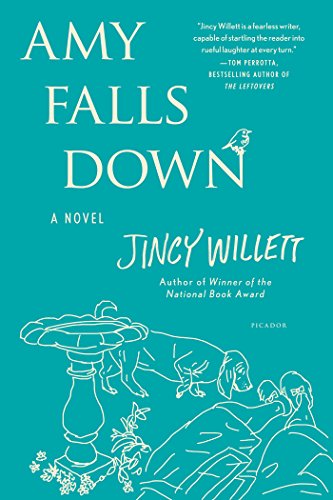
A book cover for Amy Falls Down: A Novel; Jincy Willett; Literature & Fiction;